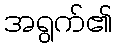
အရွက်၏